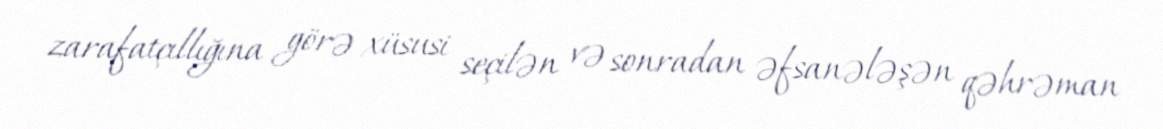
zarafatçıllığına görə xüsusi seçilən və sonradan əfsanələşən qəhrəman